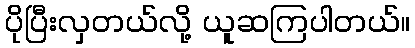
ပိုပြီးလှတယ်လို့ ယူဆကြပါတယ်။